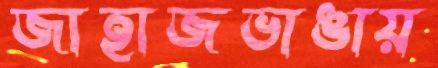
জাহাজভাঙায়